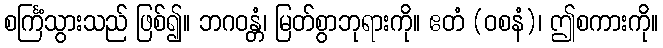
စင်္ကြံသွားသည် ဖြစ်၍။ ဘဂဝန္တံ၊ မြတ်စွာဘုရားကို။ ဧတံ (ဝစနံ)၊ ဤစကားကို။